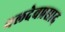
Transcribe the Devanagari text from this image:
बलदेवप्रसाद